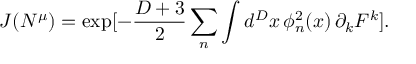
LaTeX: J ( N ^ { \mu } ) = \exp [ - \frac { D + 3 } { 2 } \sum _ { n } \int d ^ { D } x \, \phi _ { n } ^ { 2 } ( x ) \, \partial _ { k } F ^ { k } ] .